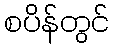
စပိန်တွင်